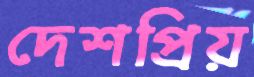
দেশপ্রিয়